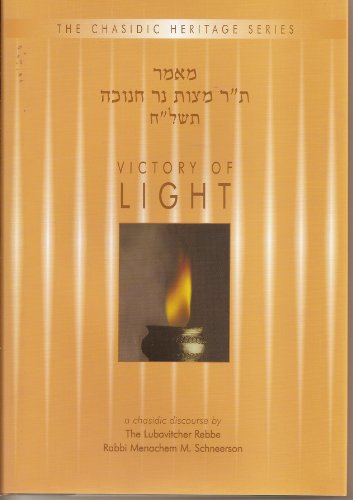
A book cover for Victory of Light - Mitzvat Ner Chanukah 5738 (Chasidic Heritage Series); Rabbi Menachem Mendel Schneerson; Religion & Spirituality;